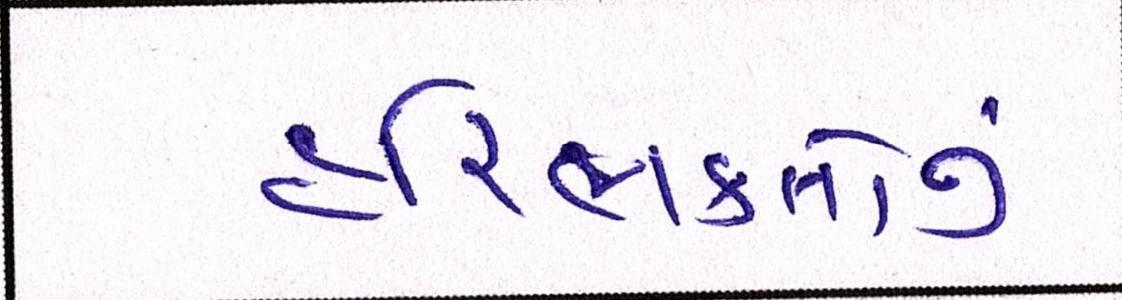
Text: હરિભક્તોનું